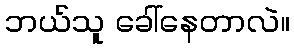
ဘယ်သူ ခေါ်နေတာလဲ။